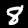
Label: 8